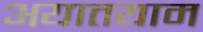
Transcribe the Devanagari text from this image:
अयातयाम